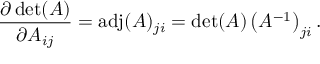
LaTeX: { \frac { \partial \operatorname* { d e t } ( A ) } { \partial A _ { i j } } } = \operatorname { a d j } ( A ) _ { j i } = \operatorname* { d e t } ( A ) \left( A ^ { - 1 } \right) _ { j i } .